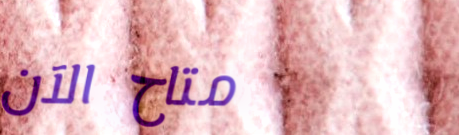
متاح الآن